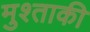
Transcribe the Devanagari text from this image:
मुश्ताकी